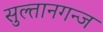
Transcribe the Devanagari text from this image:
सुल्तानगन्ज